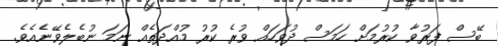
ބޭސް ފަރުވާ ކުރުމަށް ހަމަސް ދުވަހައް ވުރެ ކުރު މުއްދަތެއް ނަމަ ނުބެލެވޭނެއެވެ.